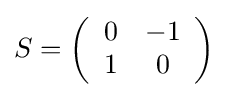
S=\left({\begin{array}{cc}0&-1\\1&0\end{array}}\right)